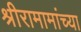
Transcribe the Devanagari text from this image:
श्रीरामामांच्या